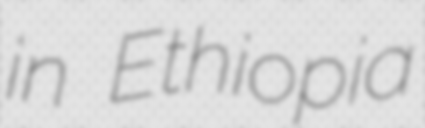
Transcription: in Ethiopia